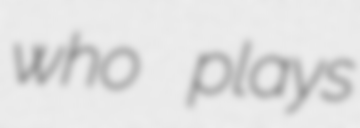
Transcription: who plays